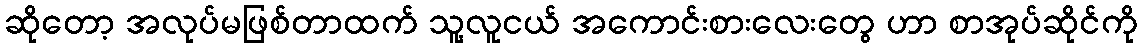
ဆိုတော့ အလုပ်မဖြစ်တာထက် သူ့လူငယ် အကောင်းစားလေးတွေ ဟာ စာအုပ်ဆိုင်ကို